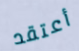
أعتقد